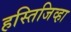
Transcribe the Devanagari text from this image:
हस्तिजिव्हा